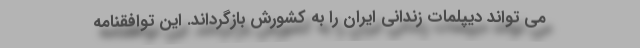
می تواند دیپلمات زندانی ایران را به کشورش بازگرداند. این توافقنامه